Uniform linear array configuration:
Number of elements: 4
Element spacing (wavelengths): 1
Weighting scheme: exponential
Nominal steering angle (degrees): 0
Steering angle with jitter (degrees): -1.549
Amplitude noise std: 0.05
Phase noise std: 0.05

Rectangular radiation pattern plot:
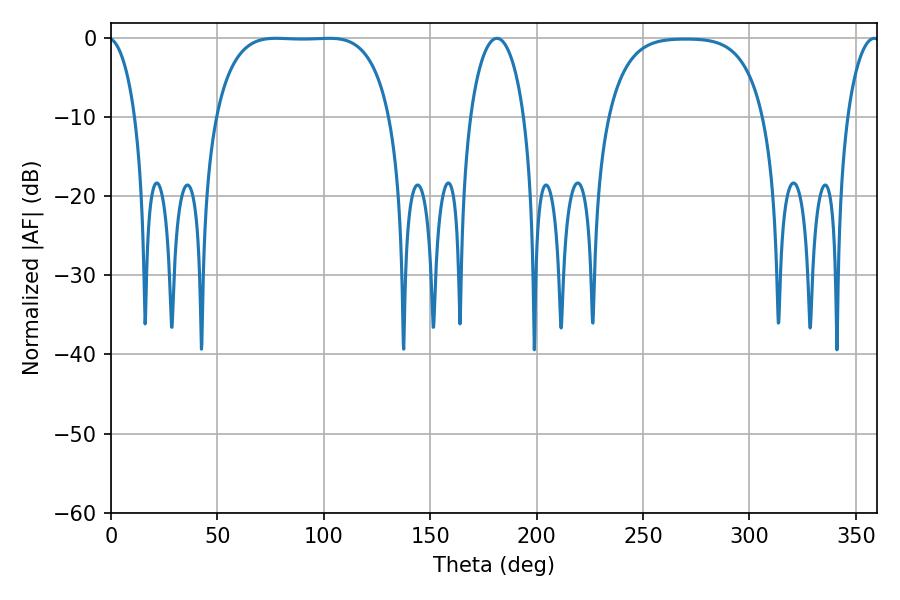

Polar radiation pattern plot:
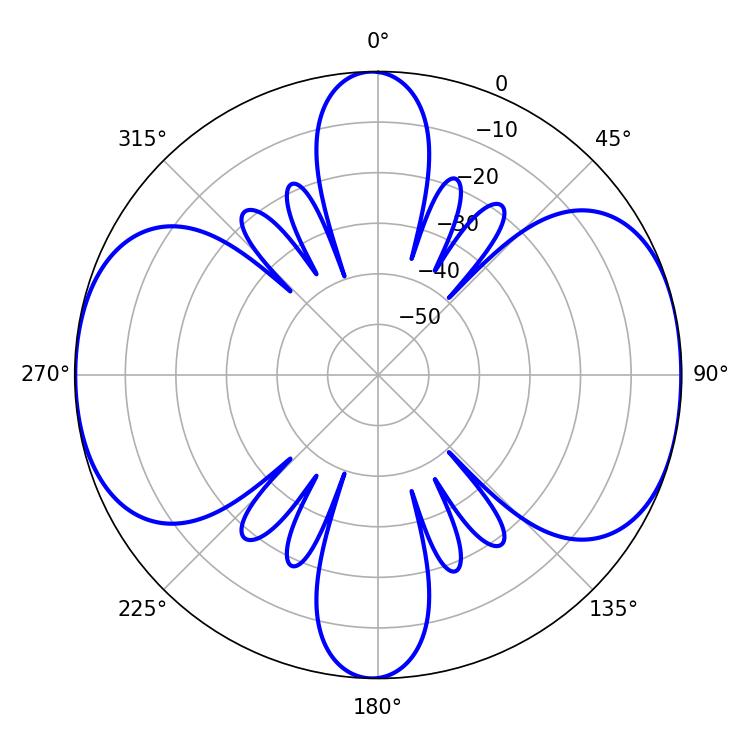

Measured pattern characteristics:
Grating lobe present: TRUE
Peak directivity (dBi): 10.563
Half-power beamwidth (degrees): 63.72
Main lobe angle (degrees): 77.58